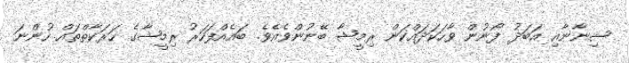
ޝިނާނާއި އަބަދު ފޯނުން ވާހަކަދައްކަން ރިމީޝާ ބޭނުންވެއެވެ. ބައެއްފަހަރު ރިމީޝާގެ ހަރަކާތްތައް ހުންނަ